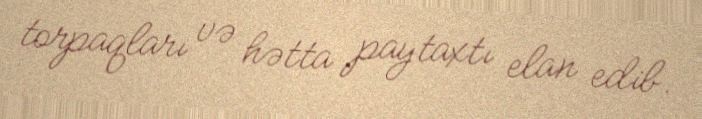
torpaqları və hətta paytaxtı elan edib.